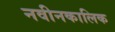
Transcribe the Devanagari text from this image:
नवीनकालिक